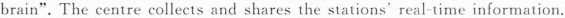
brain". The centre collects and shares the stations' real-time information.